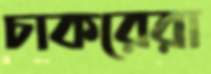
চাকরেরা